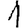
Digit: 1